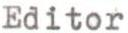
Editor